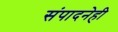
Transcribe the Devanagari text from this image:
संपादनेही